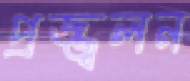
প্রজ্জ্বলন